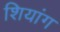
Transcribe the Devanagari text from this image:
शियांग